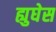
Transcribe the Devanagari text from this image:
ह्युघेस